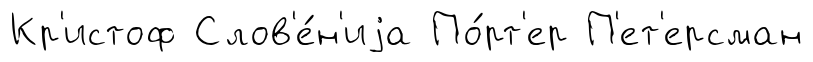
Кр'истоф Слов'е́н'иjа По́рт'ер П'ет'ерсман